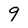
Character: 9